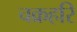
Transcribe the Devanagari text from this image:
चक्रहरि